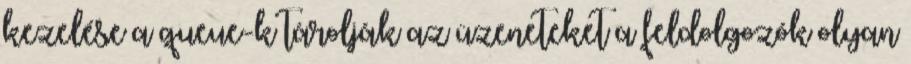
kezelése a queue-k tárolják az üzeneteket a feldolgozók olyan